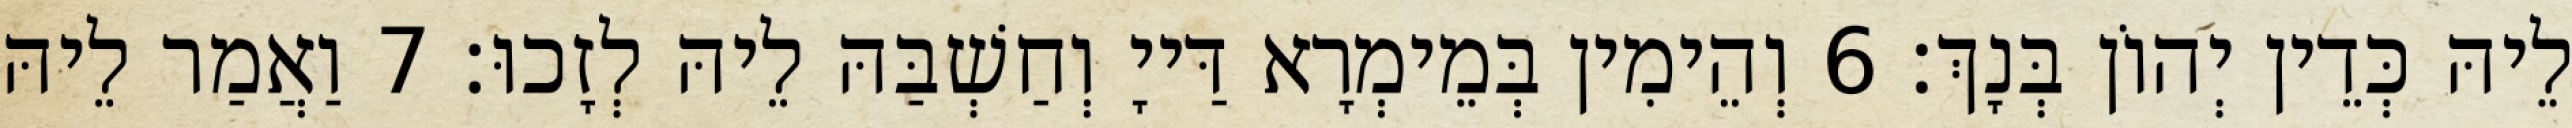
לֵיהּ כְּדֵין יְהוֹן בְּנָךְ׃ 6 וְהֵימִין בְּמֵימְרָא דַּייָ וְחַשְׁבַּהּ לֵיהּ לְזָכוּ׃ 7 וַאֲמַר לֵיהּ